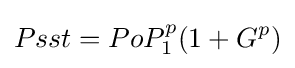
Psst=PoP_{1}^{p}(1+G^{p})